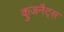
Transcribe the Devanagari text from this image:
कुजनैट्स